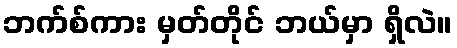
ဘက်စ်ကား မှတ်တိုင် ဘယ်မှာ ရှိလဲ။